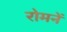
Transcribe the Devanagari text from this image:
रोमनें